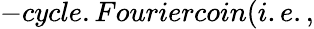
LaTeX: -cycle.Fouriercoin(i.e.,